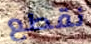
نقطع